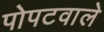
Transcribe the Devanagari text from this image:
पोपटवाले